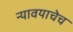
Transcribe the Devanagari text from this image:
न्यावयाचेच